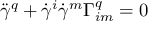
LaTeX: { \ddot { \gamma } } ^ { q } + { \dot { \gamma } } ^ { i } { \dot { \gamma } } ^ { m } \Gamma _ { i m } ^ { q } = 0